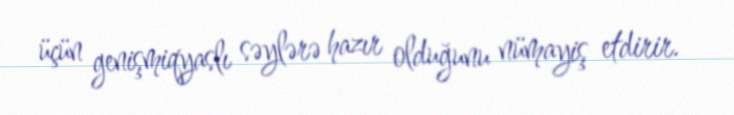
üçün genişmiqyaslı səylərə hazır olduğunu nümayiş etdirir.